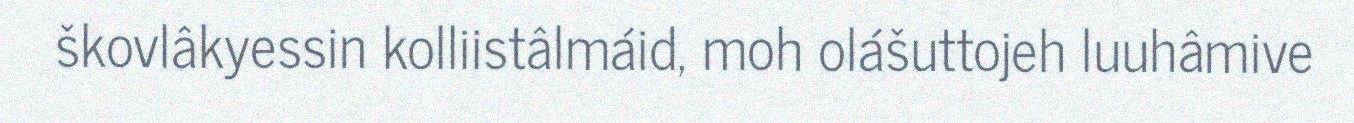
škovlâkyessin kolliistâlmáid, moh olášuttojeh luuhâmive